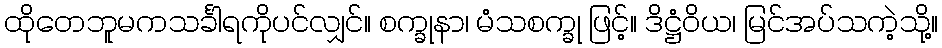
ထိုတေဘူမကသင်္ခါရကိုပင်လျှင်။ စက္ခုနာ၊ မံသစက္ခု ဖြင့်။ ဒိဋ္ဌံဝိယ၊ မြင်အပ်သကဲ့သို့။